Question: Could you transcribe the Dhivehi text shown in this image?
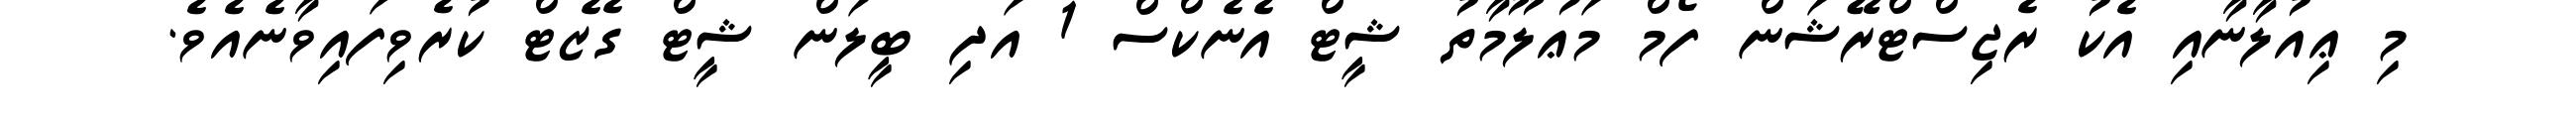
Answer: މި ޢިއުލާނާއި އެކު ރެޖިސްޓްރޭޝަން ފޯމް މަޢުލޫމާތު ޝީޓް އެނެކްސް 1 އަދި ބީލަން ޝީޓް ގެޒެޓް ކުރެވިފައިވާނެއެވެ.